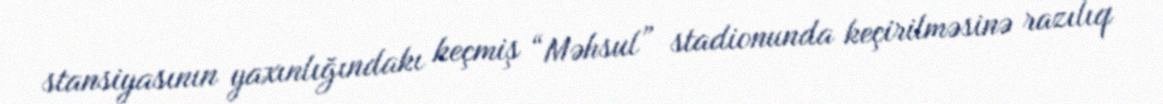
stansiyasının yaxınlığındakı keçmiş “Məhsul” stadionunda keçirilməsinə razılıq